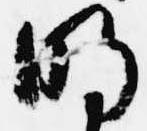
明